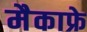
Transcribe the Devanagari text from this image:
मैकाफ्रे